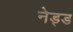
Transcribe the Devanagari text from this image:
नेड्ड